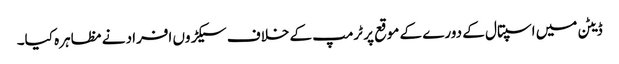
ڈیٹن میں اسپتال کے دورے کے موقع پر ٹرمپ کے خلاف سیکڑوں افراد نے مظاہرہ کیا۔